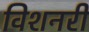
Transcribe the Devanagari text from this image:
विशनरी